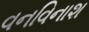
વનવિનાશ